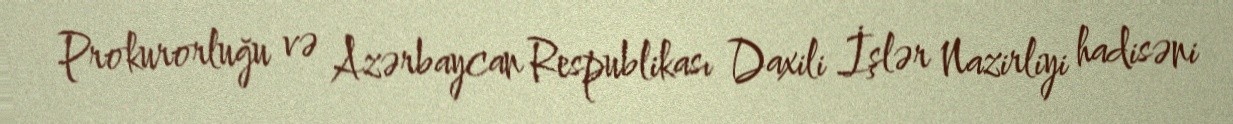
Prokurorluğu və Azərbaycan Respublikası Daxili İşlər Nazirliyi hadisəni